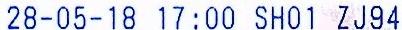
28-05-18 17:00 SH01 ZJ94